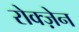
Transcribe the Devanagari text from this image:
रोक्ज़ेन